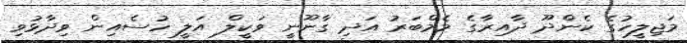
މަޖިލީހުގެ ކެންދޫ ދާއިރާގެ މެމްބަރު އަދި ގާނޫނީ ވަކީލް އަލީ ހުސެއިން ވިދާޅުވި